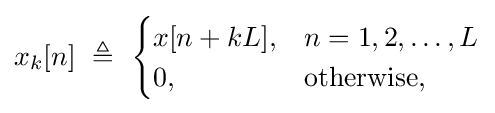
x_{k}[n]\ \triangleq \ {\begin{cases}x[n+kL],&n=1,2,\ldots ,L\\0,&{\text{otherwise}},\end{cases}}